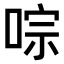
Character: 𠵻